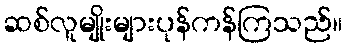
ဆစ်လူမျိုးများပုန်ကန်ကြသည်။